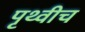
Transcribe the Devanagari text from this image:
पृथ्वीच